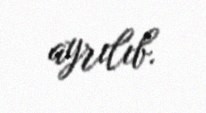
ayrılıb.